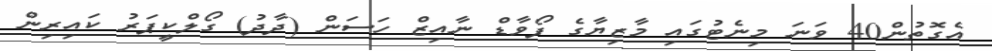
އެގޮތުން40 ވަނަ މިނެޓުގައި މާޒިޔާގެ ފޯވާޑް ނާއިޒް ހަސަން (ދާދު) ގޯލްކީޕަރު ކައިރިން